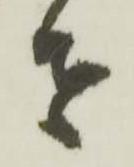
者